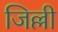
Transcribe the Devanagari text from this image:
जिल्ली